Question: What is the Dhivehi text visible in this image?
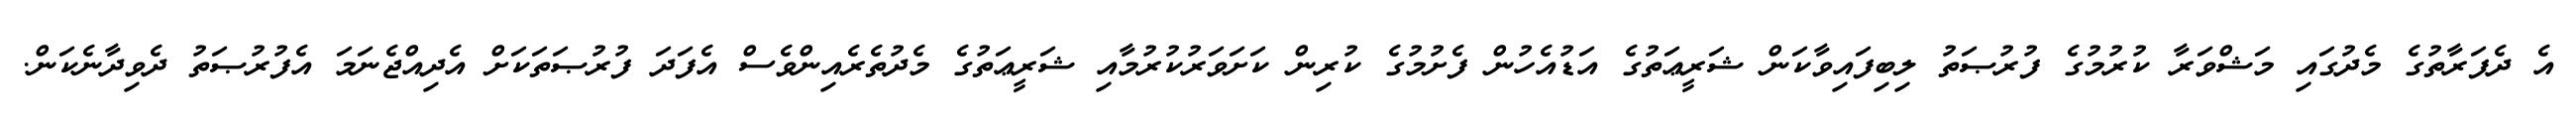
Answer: އެ ދެފަރާތުގެ މެދުގައި މަޝްވަރާ ކުރުމުގެ ފުރުޞަތު ލިބިފައިވާކަން ޝަރީޢަތުގެ އަޑުއެހުން ފެށުމުގެ ކުރިން ކަށަވަރުކުރުމާއި ޝަރީޢަތުގެ މެދުތެރެއިންވެސް އެފަދަ ފުރުޞަތަކަށް އެދިއްޖެނަމަ އެފުރުޞަތު ދެވިދާނެކަން.